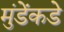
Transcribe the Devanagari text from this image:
मुंडेंकडे